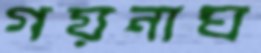
গয়নাঘ